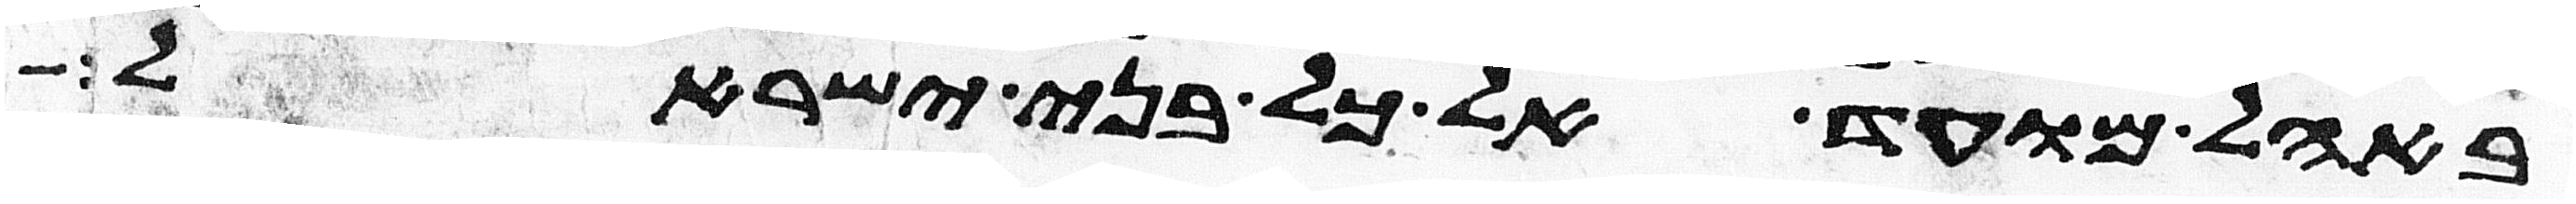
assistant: באהל מועד אל כל בני ישראל